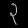
Digit: ၃